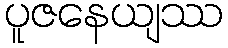
ပူဇနေယျဿ